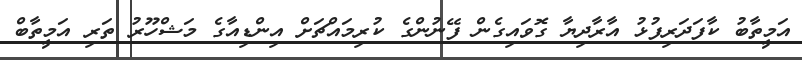
އަމީތާބު ކާފަދަރިފުޅު އާރާދިޔާ ގޮވައިގެން ފޭނުންގެ ކުރިމައްޗަށް އިންޑިއާގެ މަޝްހޫރު ތަރި އަމީތާބް